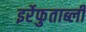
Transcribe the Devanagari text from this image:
इर्रेफुताब्ली